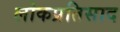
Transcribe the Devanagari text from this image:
लोकप्रतिसाद